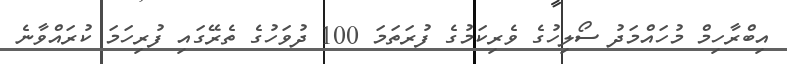
އިބްރާހިމް މުހައްމަދު ސޯލިހުގެ ވެރިކަމުގެ ފުރަތަމަ 100 ދުވަހުގެ ތެރޭގައި ފުރިހަމަ ކުރައްވާނެ